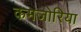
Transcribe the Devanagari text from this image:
कमजोरिया